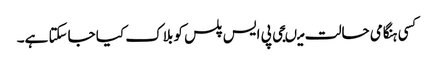
کسی ہنگامی حالت میںجی پی ایس پلس کو بلاک کیا جاسکتا ہے۔